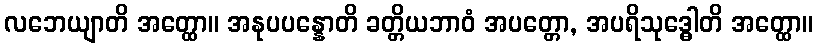
လဘေယျာတိ အတ္ထော။ အနုပပန္နောတိ ခတ္တိယဘာဝံ အပတ္တော, အပရိသုဒ္ဓေါတိ အတ္ထော။